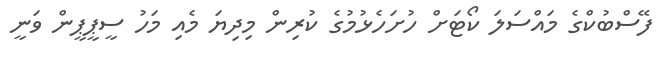
ފޭސްބުކްގެ މައްސަލަ ކޯޓަށް ހުށަހެޅުމުގެ ކުރިން މިދިޔަ މެއި މަހު ސީޕީޕީން ވަނީ